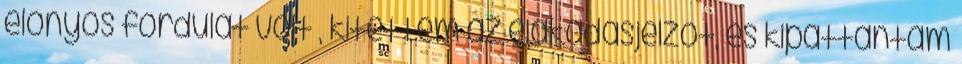
előnyös fordulat volt , kitettem az elakadásjelzőt, és kipattantam